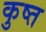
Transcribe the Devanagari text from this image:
कुष्त